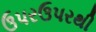
ઉપરઉપરથી